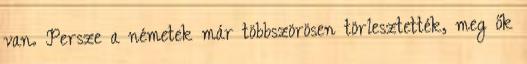
van. Persze a németek már többszörösen törlesztették, meg ők